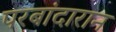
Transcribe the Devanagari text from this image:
परबांदारान